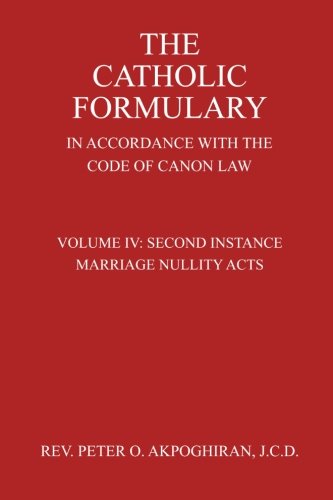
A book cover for The Catholic Formulary: In Accordance with the Code of Canon Law (Second Instance Marriage Nullity Acts) (Volume 4); Rev. Peter O. Akpoghiran J.C.D.; Christian Books & Bibles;